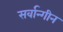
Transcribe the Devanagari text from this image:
सर्वान्गीन